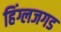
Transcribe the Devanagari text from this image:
हिंग्लजगड